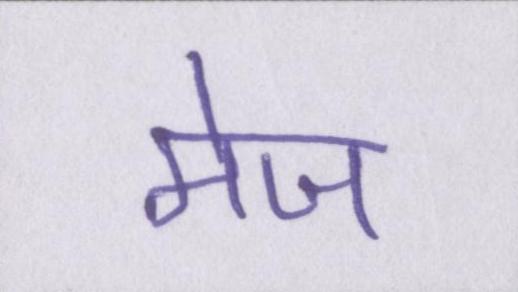
मेज